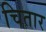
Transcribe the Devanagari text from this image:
चितार